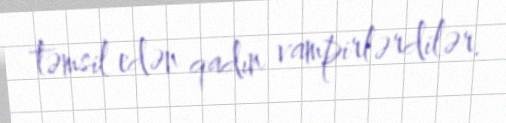
təmsil edən qadın vampirlərdilər.